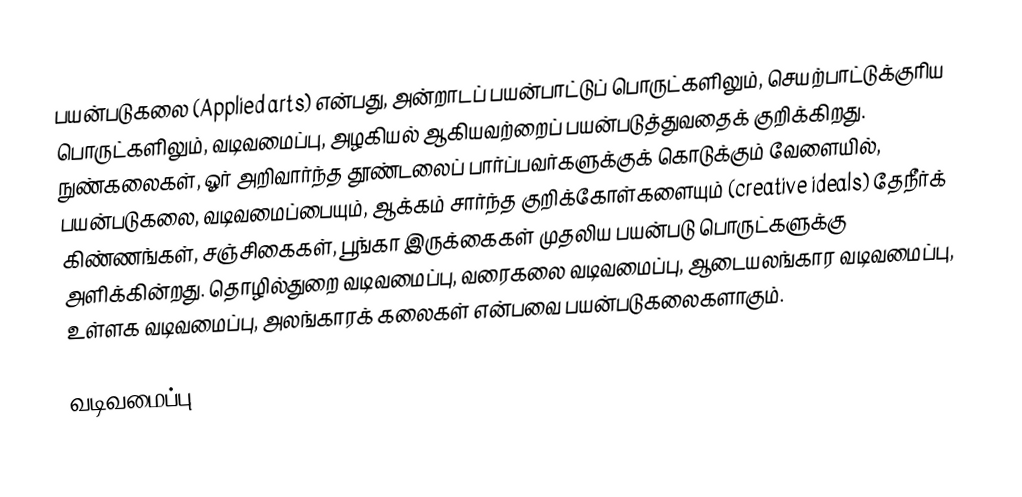
பயன்படுகலை (Applied arts) என்பது, அன்றாடப் பயன்பாட்டுப் பொருட்களிலும், செயற்பாட்டுக்குரிய பொருட்களிலும், வடிவமைப்பு, அழகியல் ஆகியவற்றைப் பயன்படுத்துவதைக் குறிக்கிறது. நுண்கலைகள், ஓர் அறிவார்ந்த தூண்டலைப் பார்ப்பவர்களுக்குக் கொடுக்கும் வேளையில், பயன்படுகலை, வடிவமைப்பையும், ஆக்கம் சார்ந்த குறிக்கோள்களையும் (creative ideals) தேநீர்க் கிண்ணங்கள், சஞ்சிகைகள், பூங்கா இருக்கைகள் முதலிய பயன்படு பொருட்களுக்கு அளிக்கின்றது. தொழில்துறை வடிவமைப்பு, வரைகலை வடிவமைப்பு, ஆடையலங்கார வடிவமைப்பு, உள்ளக வடிவமைப்பு, அலங்காரக் கலைகள் என்பவை பயன்படுகலைகளாகும்.

வடிவமைப்பு